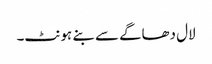
لال دھاگے سے بنے ہونٹ۔